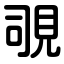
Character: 覗